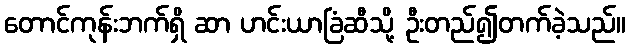
တောင်ကုန်းဘက်ရှိ ဆာ ဟင်းယာခြံဆီသို့ ဦးတည်၍တက်ခဲ့သည်။